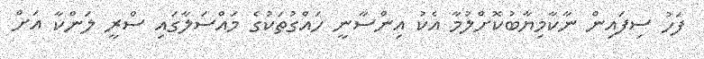
ފަހު ސިފައިން ނާކާމިޔާބުކޮށްލުމާ އެކު އިންސާނީ ހައްގުތަކުގެ މައްސަލާގައި ސްރީ ލަންކާ އަށް